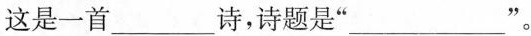
这是一首___诗，诗题是”___“。